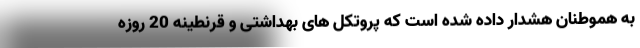
به هموطنان هشدار داده شده است که پروتکل های بهداشتی و قرنطینه 20 روزه